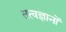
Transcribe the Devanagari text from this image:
तत्वज्ञानों